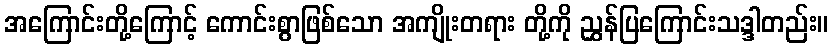
အကြောင်းတို့ကြောင့် ကောင်းစွာဖြစ်သော အကျိုးတရား တို့ကို ညွှန်ပြကြောင်းသဒ္ဒါတည်း။